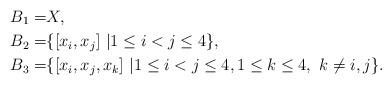
LaTeX: \begin{align*} B_1=&X,\\ B_2=&\{ [x_i,x_j] \ | 1\leq i < j \leq 4 \},\\ B_3=&\{ [x_i,x_j,x_k] \ | 1\leq i < j \leq 4, 1\leq k\leq 4, \ k\neq i,j \}. \end{align*}